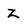
Character: z